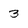
Character: 3